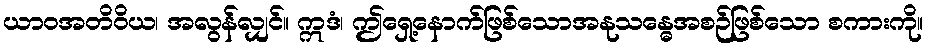
ယာဝအတိဝိယ၊ အလွန်လျှင်။ ဣဒံ၊ ဤရှေ့နောက်ဖြစ်သောအနုသန္ဓေအစဉ်ဖြစ်သော စကားကို။